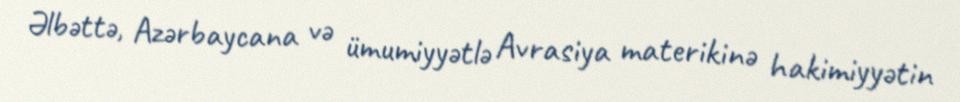
Əlbəttə, Azərbaycana və ümumiyyətlə Avrasiya materikinə hakimiyyətin